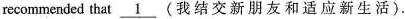
recommended that\underline{1}(我 结交新朋友和适应新生活).